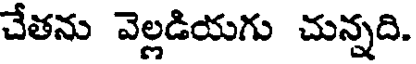
చేతను వెల్లడియగు చున్నది.